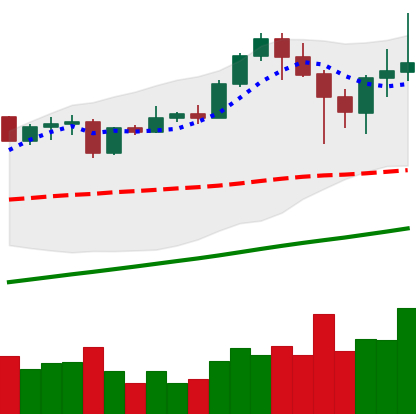
Ticker: ETH-USD
Chart end date: 2021-04-22
Forward return: 10.79%
Label: up_7plus